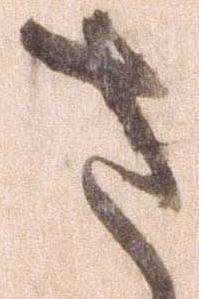
さ